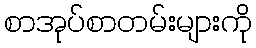
စာအုပ်စာတမ်းများကို